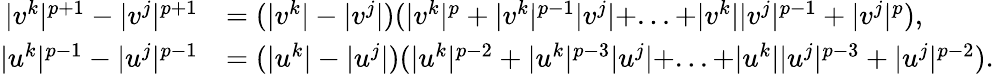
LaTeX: \begin{array}{rl}{|v^{k}|^{p+1}-|v^{j}|^{p+1}}&{=(|v^{k}|-|v^{j}|)(|v^{k}|^{p}+|v^{k}|^{p-1}|v^{j}|+...+|v^{k}||v^{j}|^{p-1}+|v^{j}|^{p}),}\\ {|u^{k}|^{p-1}-|u^{j}|^{p-1}}&{=(|u^{k}|-|u^{j}|)(|u^{k}|^{p-2}+|u^{k}|^{p-3}|u^{j}|+...+|u^{k}||u^{j}|^{p-3}+|u^{j}|^{p-2}).}\end{array}